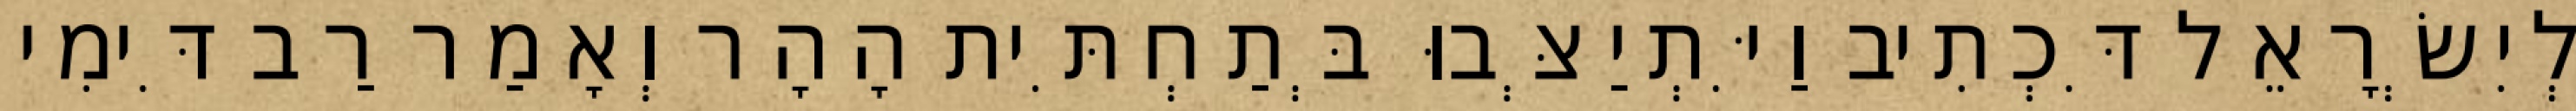
לְיִשְׂרָאֵל דִּכְתִיב וַיִּתְיַצְּבוּ בְּתַחְתִּית הָהָר וְאָמַר רַב דִּימִי